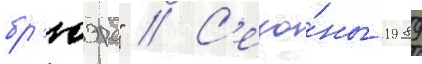
бр'юэрс" // С'езо́ны 1989